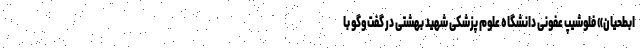
ابطحیان» فلوشیپ عفونی دانشگاه علوم پزشکی شهید بهشتی در گفت‌وگو با